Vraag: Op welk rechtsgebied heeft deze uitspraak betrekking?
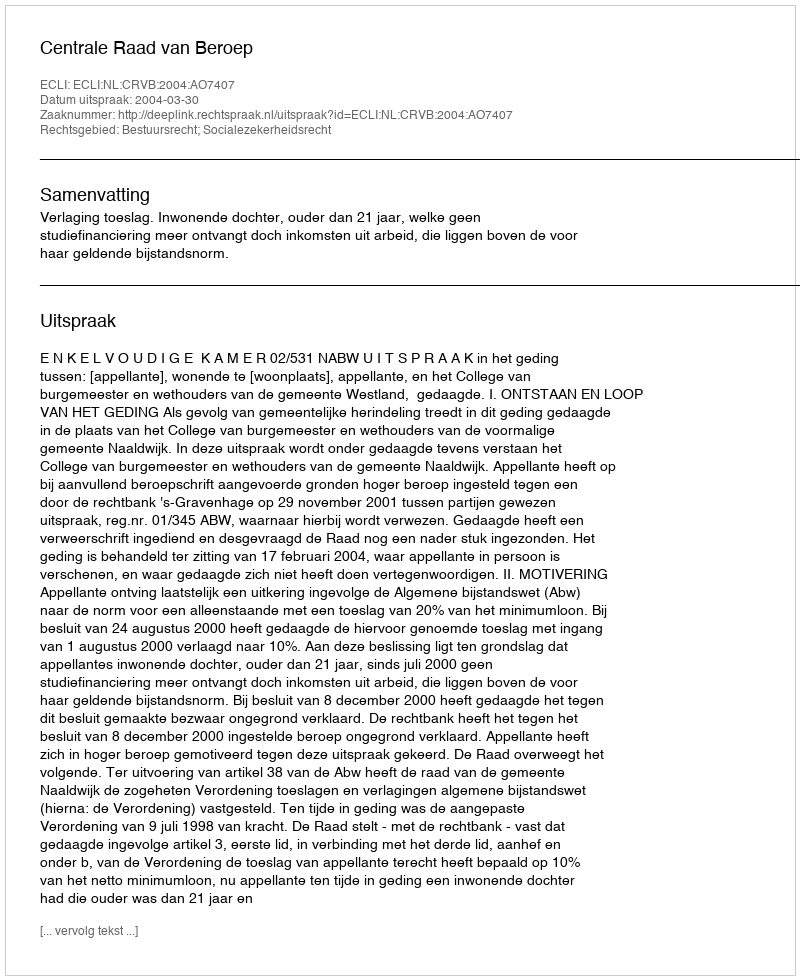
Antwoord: Bestuursrecht; Socialezekerheidsrecht